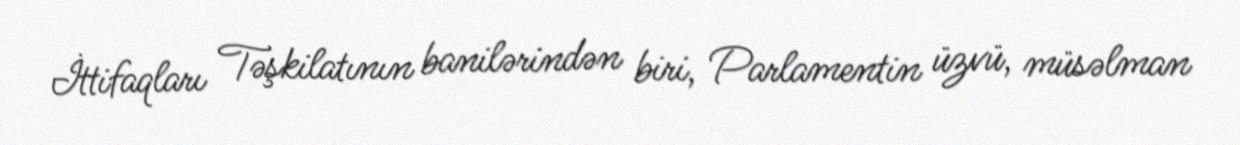
İttifaqları Təşkilatının banilərindən biri, Parlamentin üzvü, müsəlman